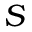
S